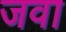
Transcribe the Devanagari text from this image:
जवा